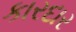
કારદાર